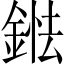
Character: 𨨤